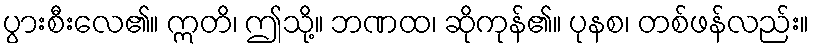
ပွားစီးလေ၏။ ဣတိ၊ ဤသို့။ ဘဏထ၊ ဆိုကုန်၏။ ပုနစ၊ တစ်ဖန်လည်း။